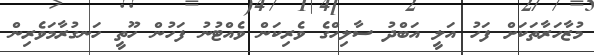
މުޒާހަރާތަކަށް ފަހު އަލީ އަބްދު ސާލިހްގެ ވެރިކަން ވެެއްޓުނު ފަހުން ހޫތީ ހަނގުރާމަވެރިން